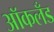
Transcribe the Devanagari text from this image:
आॅकलँड